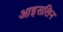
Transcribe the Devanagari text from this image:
आइसलिन